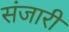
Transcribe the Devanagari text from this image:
संजारी